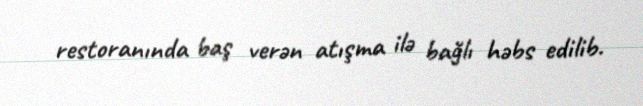
restoranında baş verən atışma ilə bağlı həbs edilib.